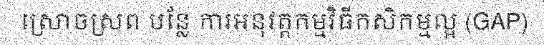
ស្រោចស្រព បន្លែ ការអនុវត្តកម្មវិធីកសិកម្មល្អ (GAP)